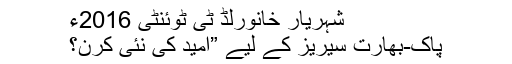
شہریار خانورلڈ ٹی ٹوئنٹی 2016ء
پاک-بھارت سیریز کے لیے ”امید کی نئی کرن؟